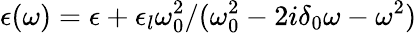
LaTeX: \epsilon(\omega)=\epsilon+\epsilon_{l}\omega_{0}^{2}/(\omega_{0}^{2}-2i\delta_{0}\omega-\omega^{2})